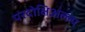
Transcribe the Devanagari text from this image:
परदोक्षिअल्ल्य